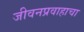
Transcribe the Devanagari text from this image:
जीवनप्रवाहाचा